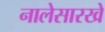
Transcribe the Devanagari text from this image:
नालेसारखे